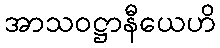
အာသဝဋ္ဌာနီယေဟိ